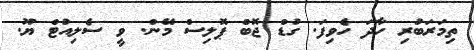
ތިމަރަބުރި ހާދަ ހެވިފަ. ގުޑް ޖޮބް ޕޮލިސް މޭން. ވީ ސެލިއުޓް ޔޫ.